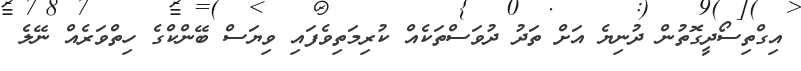
އިގްތިސޯދީގޮތުން ދުނިޔެ އަށް ތަދު ދުވަސްތަކެއް ކުރިމަތިވެފައި ވިޔަސް ބޭންކްގެ ހިތްވަރެއް ނޭލެ